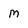
Character: m